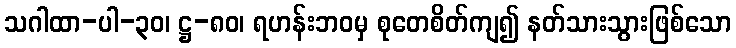
သဂါထာ-ပါ-၃၀၊ ဋ္ဌ-၈၀၊ ရဟန်းဘဝမှ စုတေစိတ်ကျ၍ နတ်သားသွားဖြစ်သော